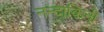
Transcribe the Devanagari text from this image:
नन्दाकिनी